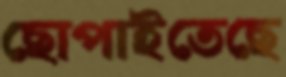
ছোপাইতেছে